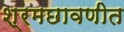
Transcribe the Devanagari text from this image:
श्रमछावणीत